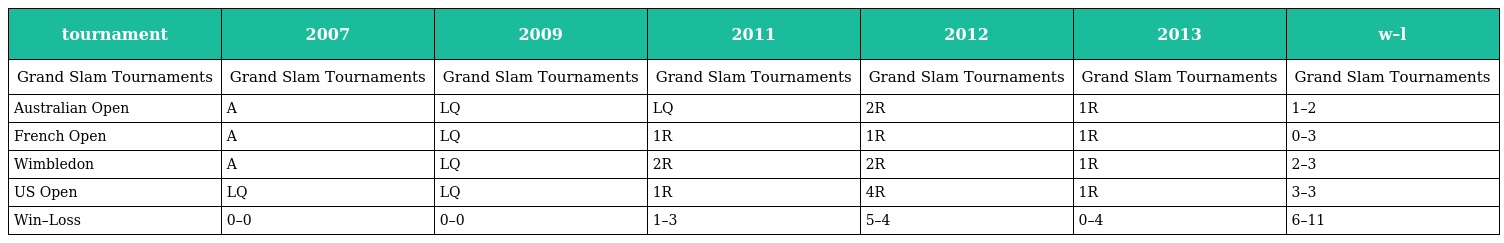
| tournament | 2007 | 2009 | 2011 | 2012 | 2013 | w–l |
 | --- | --- | --- | --- | --- | --- | --- |
 | Grand Slam Tournaments | Grand Slam Tournaments | Grand Slam Tournaments | Grand Slam Tournaments | Grand Slam Tournaments | Grand Slam Tournaments | Grand Slam Tournaments |
 | Australian Open | A | LQ | LQ | 2R | 1R | 1–2 |
 | French Open | A | LQ | 1R | 1R | 1R | 0–3 |
 | Wimbledon | A | LQ | 2R | 2R | 1R | 2–3 |
 | US Open | LQ | LQ | 1R | 4R | 1R | 3–3 |
 | Win–Loss | 0–0 | 0–0 | 1–3 | 5–4 | 0–4 | 6–11 |